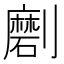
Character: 𱐦